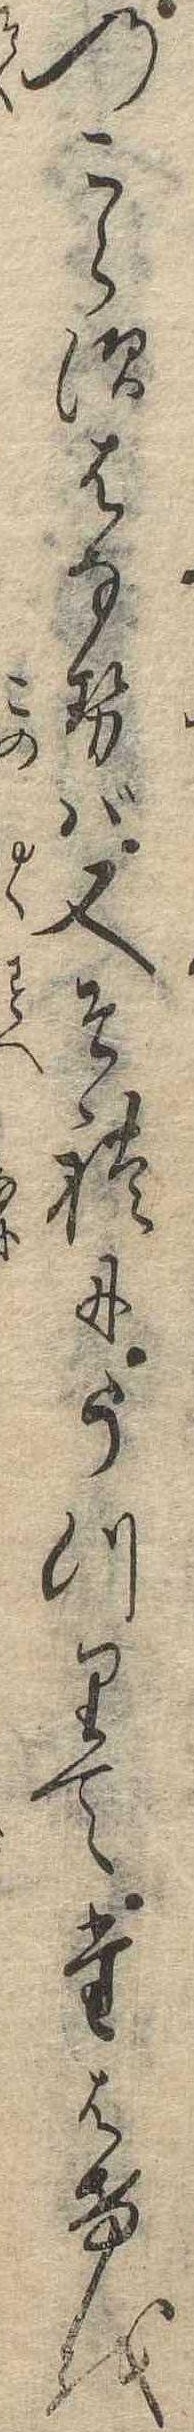
のこらすはなせば又それにうつりてたはけを